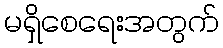
မရှိစေရေးအတွက်